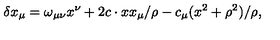
\delta x _ { \mu } = \omega _ { \mu \nu } x ^ { \nu } + 2 c \cdot x x _ { \mu } / \rho - c _ { \mu } ( x ^ { 2 } + \rho ^ { 2 } ) / \rho ,